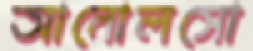
আনোলসো